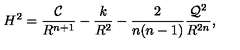
H ^ { 2 } = \frac { { \cal C } } { R ^ { n + 1 } } - \frac { k } { R ^ { 2 } } - \frac { 2 } { n ( n - 1 ) } \frac { { \cal Q } ^ { 2 } } { R ^ { 2 n } } ,